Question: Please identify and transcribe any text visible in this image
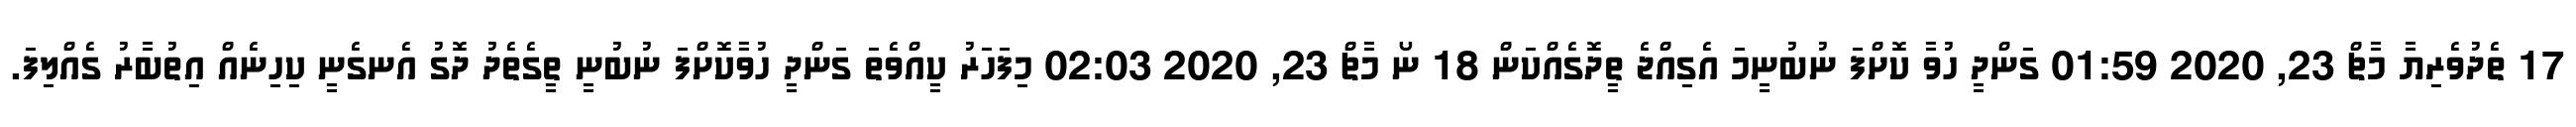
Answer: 17 ތެދުވެރިޔާ މާޗް 23, 2020 01:59 ގަންދީ ހުވާ ކޮށްފަ ނުބުނީމަ އެގިއްޖެ ތީދޮގެއްކަން 18 ނޯ މާޗް 23, 2020 02:03 މިފަހަރު ކީއްވެތަ ގަންދީ ހުވާކޮށްފަ ނުބުނީ ތީގެތެދު ދޮގު އެނގެނީ ކިހިނެއް އިތުބާރު ގެއްލިފަ.